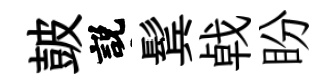
皷説鬂㦸盼